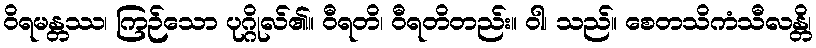
ဝိရမန္တဿ၊ ကြဉ်သော ပုဂ္ဂိုလ်၏။ ဝီရတိ၊ ဝီရတိတည်း။ ဝါ၊ သည်။ စေတသိကံသီလန္တိ၊